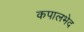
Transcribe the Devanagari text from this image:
कपालभेद